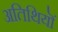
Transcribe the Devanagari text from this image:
अतिथियॊं